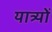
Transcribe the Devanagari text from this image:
यात्र्यों